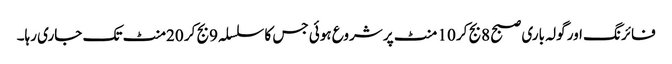
فائرنگ اور گولہ باری صبح 8بج کر 10 منٹ پر شروع ہوئی جس کا سلسلہ 9بج کر 20منٹ تک جاری رہا۔